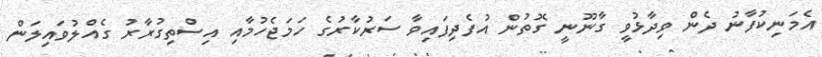
އެމަނިކުފާނު ދެން ވިދާޅުވީ ގާނޫނީ ގޮތުން އުފެދިފައިވާ ސަރުކާރުގެ ހަމަޖެހުމާއި އިސްތިގުރާރު ގެއްލުވައިލަން